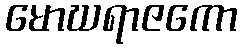
မောဃရာဇကော